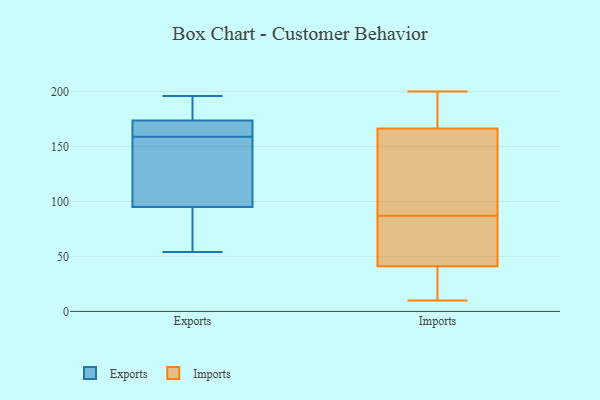
{"axis": {"x": "Tickets Resolved", "y": "Value"}, "legend": ["Exports", "Imports"], "data": [{"x": "", "y": 96, "type": "Exports"}, {"x": "", "y": 188, "type": "Exports"}, {"x": "", "y": 160, "type": "Exports"}, {"x": "", "y": 127, "type": "Exports"}, {"x": "", "y": 159, "type": "Exports"}, {"x": "", "y": 169, "type": "Exports"}, {"x": "", "y": 194, "type": "Exports"}, {"x": "", "y": 165, "type": "Exports"}, {"x": "", "y": 92, "type": "Exports"}, {"x": "", "y": 63, "type": "Exports"}, {"x": "", "y": 131, "type": "Exports"}, {"x": "", "y": 196, "type": "Exports"}, {"x": "", "y": 54, "type": "Exports"}, {"x": "", "y": 200, "type": "Imports"}, {"x": "", "y": 87, "type": "Imports"}, {"x": "", "y": 103, "type": "Imports"}, {"x": "", "y": 51, "type": "Imports"}, {"x": "", "y": 39, "type": "Imports"}, {"x": "", "y": 33, "type": "Imports"}, {"x": "", "y": 17, "type": "Imports"}, {"x": "", "y": 10, "type": "Imports"}, {"x": "", "y": 56, "type": "Imports"}, {"x": "", "y": 168, "type": "Imports"}, {"x": "", "y": 162, "type": "Imports"}, {"x": "", "y": 41, "type": "Imports"}, {"x": "", "y": 155, "type": "Imports"}, {"x": "", "y": 182, "type": "Imports"}, {"x": "", "y": 179, "type": "Imports"}, {"x": "", "y": 41, "type": "Imports"}, {"x": "", "y": 184, "type": "Imports"}, {"x": "", "y": 120, "type": "Imports"}, {"x": "", "y": 65, "type": "Imports"}]}